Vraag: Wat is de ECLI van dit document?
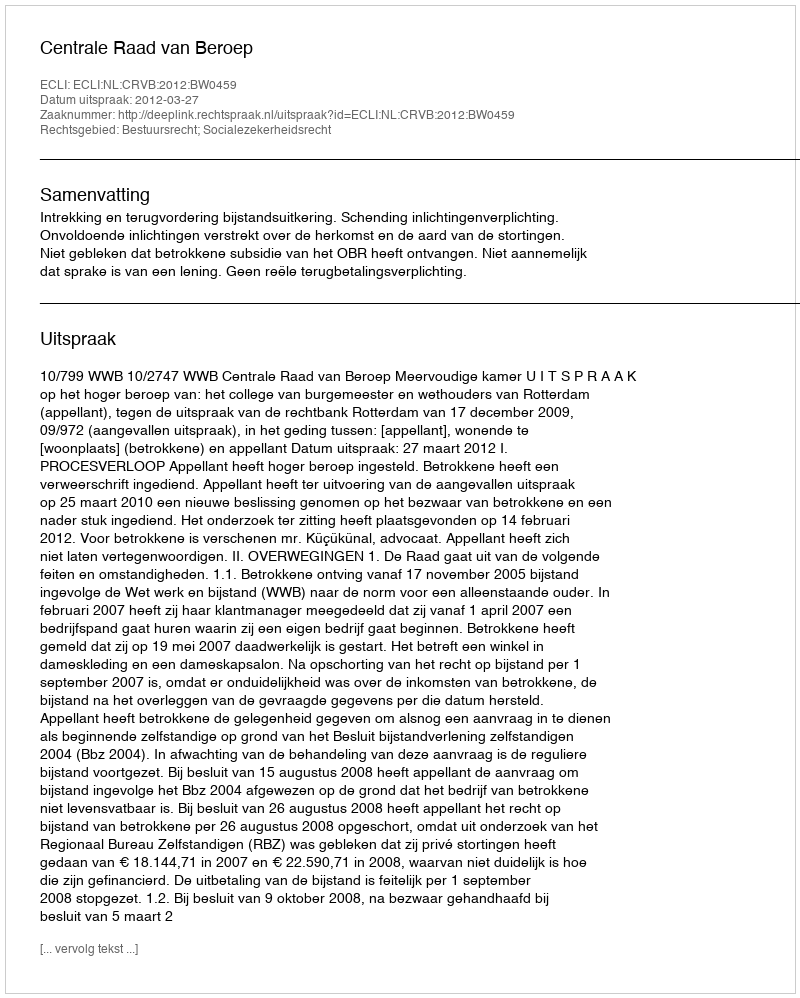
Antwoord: ECLI:NL:CRVB:2012:BW0459